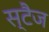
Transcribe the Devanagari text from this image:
स्टैज